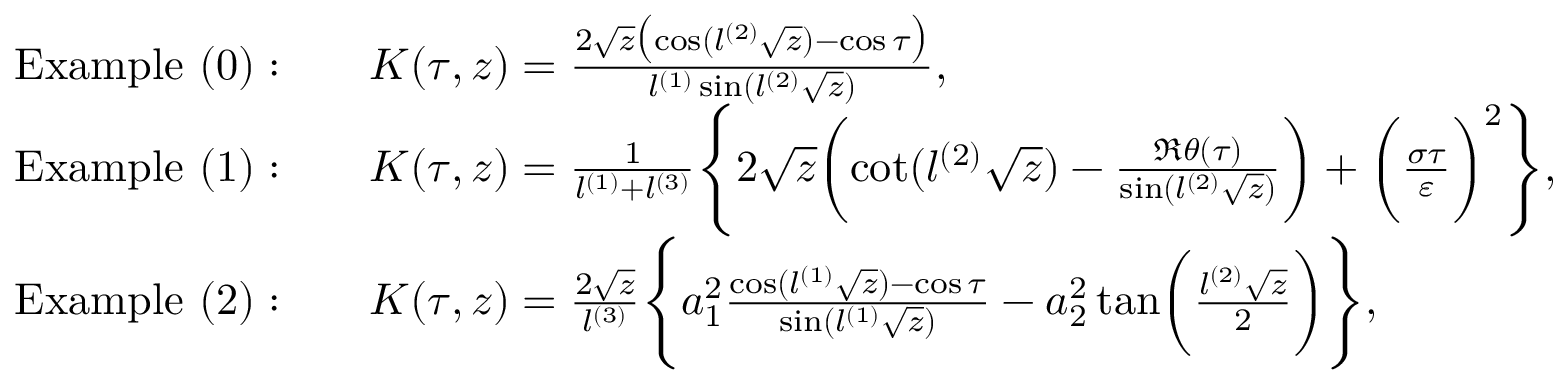
\begin{array} { r l } & { \mathrm { E x a m p l e \ ( 0 ) : } \qquad K ( \tau , z ) = \frac { 2 \sqrt { z } \bigl ( \cos ( l ^ { ( 2 ) } \sqrt { z } ) - \cos \tau \bigr ) } { l ^ { ( 1 ) } \sin ( l ^ { ( 2 ) } \sqrt { z } ) } , } \\ & { \mathrm { E x a m p l e \ ( 1 ) : } \qquad K ( \tau , z ) = \frac { 1 } { l ^ { ( 1 ) } + l ^ { ( 3 ) } } \Biggl \{ 2 \sqrt { z } \biggl ( \cot ( l ^ { ( 2 ) } \sqrt { z } ) - \frac { \Re \theta ( \tau ) } { \sin ( l ^ { ( 2 ) } \sqrt { z } ) } \biggr ) + \biggl ( \frac { \sigma \tau } { \varepsilon } \biggr ) ^ { 2 } \Biggr \} , } \\ & { \mathrm { E x a m p l e \ ( 2 ) : } \qquad K ( \tau , z ) = \frac { 2 \sqrt { z } } { l ^ { ( 3 ) } } \Biggl \{ a _ { 1 } ^ { 2 } \frac { \cos ( l ^ { ( 1 ) } \sqrt { z } ) - \cos \tau } { \sin ( l ^ { ( 1 ) } \sqrt { z } ) } - a _ { 2 } ^ { 2 } \tan \biggl ( \frac { l ^ { ( 2 ) } \sqrt { z } } { 2 } \biggr ) \Biggr \} , } \end{array}